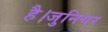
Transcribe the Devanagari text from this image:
है।जुनियर